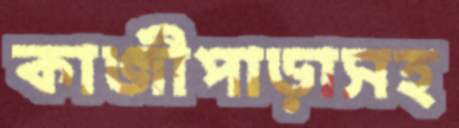
কাজীপাড়াসহ